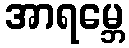
အာရမ္ဘေ